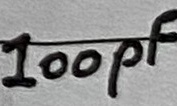
Text: 100pF